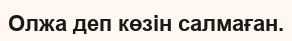
Олжа деп көзін салмаған.